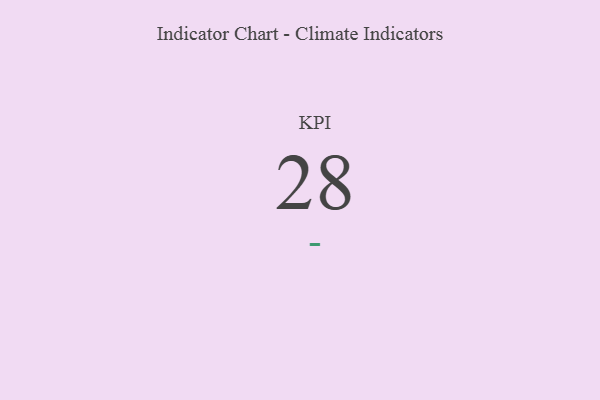
{"axis": {"x": "KPI", "y": "Value"}, "legend": [""], "data": [{"x": "KPI", "y": 28, "type": ""}]}